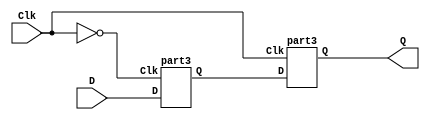
module master_slave_dff (
    input Clk,   
    input D,     
    output Q     // Out-ff
);

wire Qm; // Output of the master 


part3 master_latch (
    .Clk(~Clk), 
    .D(D),
    .Q(Qm)
);


part3 slave_latch (
    .Clk(Clk), 
    .D(Qm),
    .Q(Q)
);

endmodule

module part3 (
    input Clk, D,
    output Q
);

wire R, S;
wire R_g, S_g, Qa, Qb /* synthesis keep */ ;

assign R = ~D;
assign S = D;
assign R_g = R & Clk;
assign S_g = S & Clk;
assign Qa = ~(R_g | Qb);
assign Qb = ~(S_g | Qa);
assign Q = Qa;

endmodule